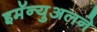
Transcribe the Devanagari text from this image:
इमॅन्युअलने